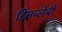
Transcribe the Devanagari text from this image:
डिमब्लेबी